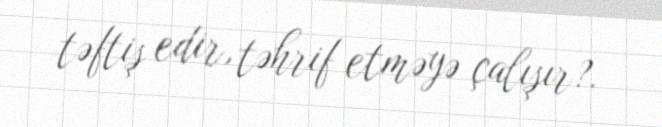
təftiş edir, təhrif etməyə çalışır?.